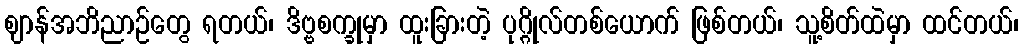
ဈာန်အဘိညာဉ်တွေ ရတယ်၊ ဒိဗ္ဗစက္ခုမှာ ထူးခြားတဲ့ ပုဂ္ဂိုလ်တစ်ယောက် ဖြစ်တယ်၊ သူ့စိတ်ထဲမှာ ထင်တယ်၊